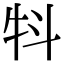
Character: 㸯